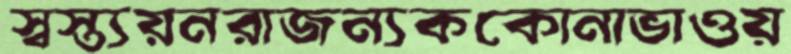
স্বস্ত্যয়নরাজন্যককোনাভাওয়